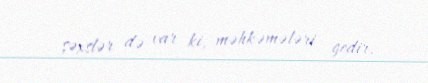
şəxslər də var ki, məhkəmələri gedir.